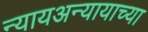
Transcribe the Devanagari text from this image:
न्यायअन्यायाच्या